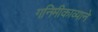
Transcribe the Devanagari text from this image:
गनिमीकाव्याने